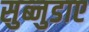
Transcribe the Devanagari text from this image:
सुब्नुडाए